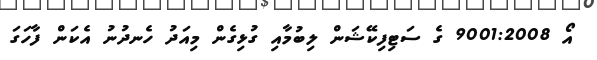
އޯ 9001:2008 ގެ ސަޓިފިކޭޝަން ލިބުމާއި ގުޅިގެން މިއަދު ހެނދުނު އެކަން ފާހަގަ